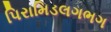
પિરામિડલગભગ